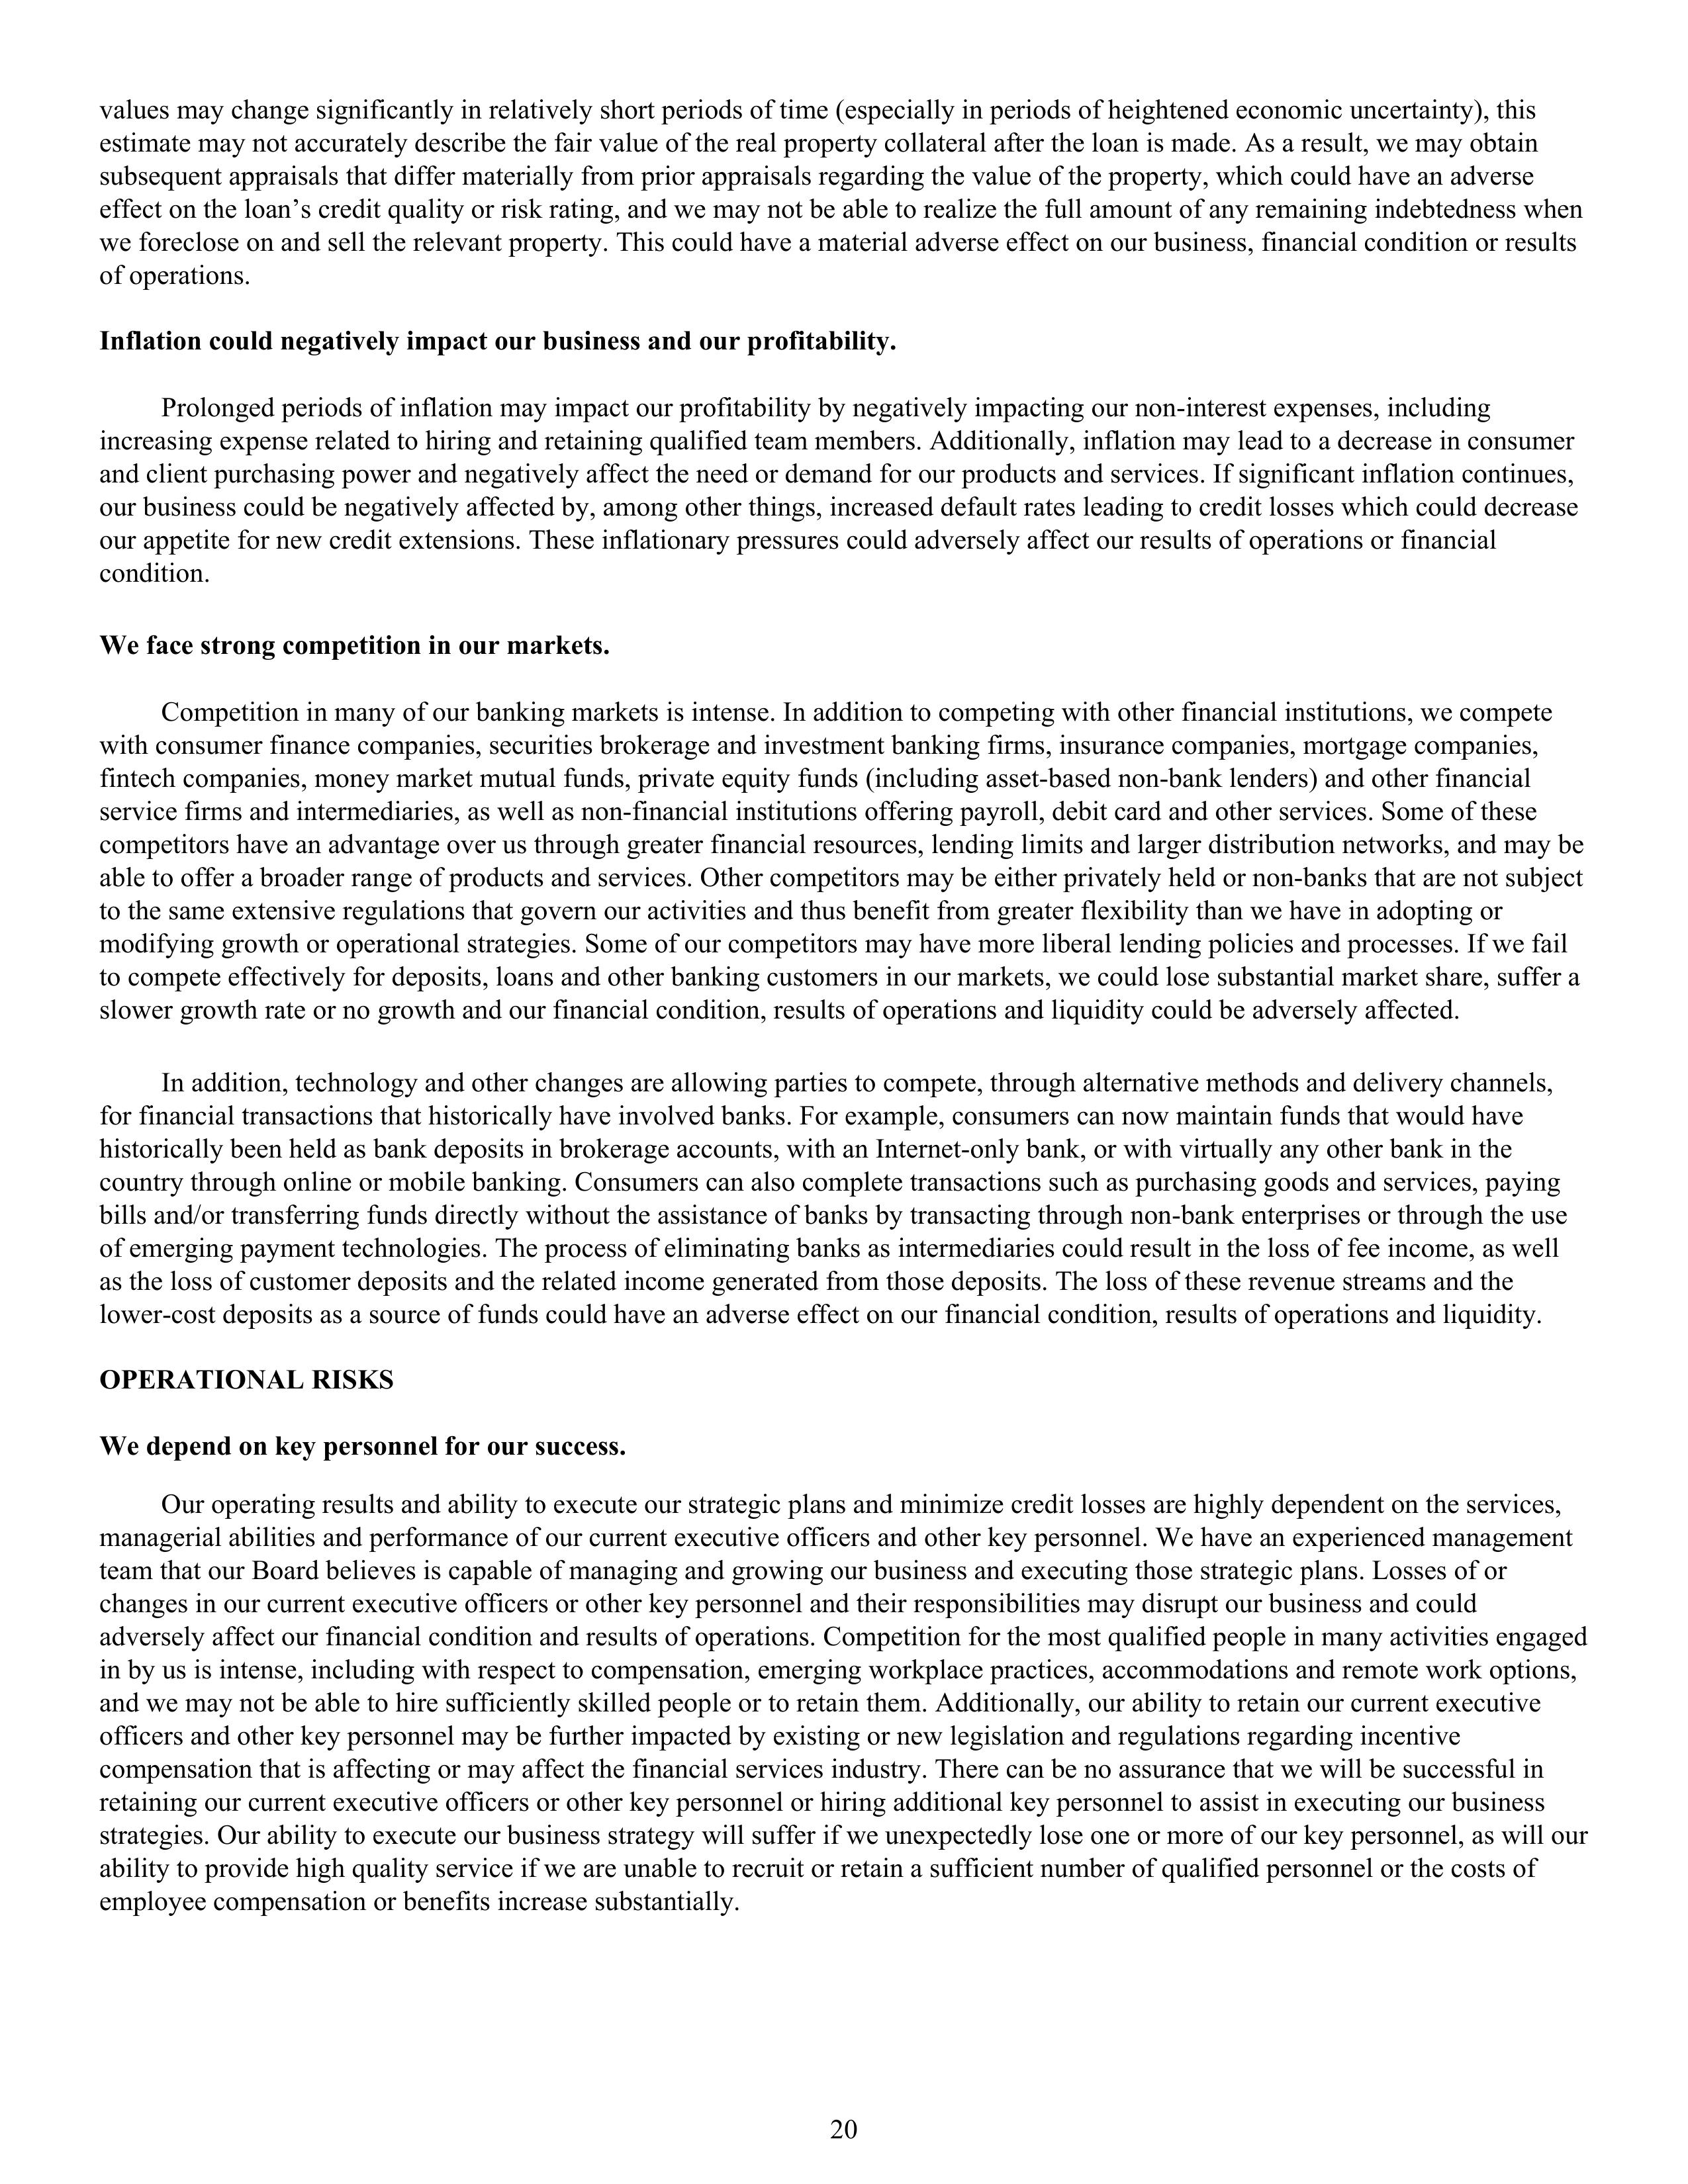
values may change significantly in relatively short periods of time (especially in periods of heightened economic uncertainty), this
estimate may not accurately describe the fair value of the real property collateral after the loan is made. As a result, we may obtain
subsequent appraisals that differ materially from prior appraisals regarding the value of the property, which could have an adverse
effect on the loan’s credit quality or risk rating, and we may not be able to realize the full amount of any remaining indebtedness when
we foreclose on and sell the relevant property. This could have a material adverse effect on our business, financial condition or results
of operations.

Inflation could negatively impact our business and our profitability.

Prolonged periods of inflation may impact our profitability by negatively impacting our non-interest expenses, including
increasing expense related to hiring and retaining qualified team members. Additionally, inflation may lead to a decrease in consumer
and client purchasing power and negatively affect the need or demand for our products and services. If significant inflation continues,
our business could be negatively affected by, among other things, increased default rates leading to credit losses which could decrease
our appetite for new credit extensions. These inflationary pressures could adversely affect our results of operations or financial
condition.

We face strong competition in our markets.

Competition in many of our banking markets is intense. In addition to competing with other financial institutions, we compete
with consumer finance companies, securities brokerage and investment banking firms, insurance companies, mortgage companies,
fintech companies, money market mutual funds, private equity funds (including asset-based non-bank lenders) and other financial
service firms and intermediaries, as well as non-financial institutions offering payroll, debit card and other services. Some of these
competitors have an advantage over us through greater financial resources, lending limits and larger distribution networks, and may be
able to offer a broader range of products and services. Other competitors may be either privately held or non-banks that are not subject
to the same extensive regulations that govern our activities and thus benefit from greater flexibility than we have in adopting or
modifying growth or operational strategies. Some of our competitors may have more liberal lending policies and processes. If we fail
to compete effectively for deposits, loans and other banking customers in our markets, we could lose substantial market share, suffer a
slower growth rate or no growth and our financial condition, results of operations and liquidity could be adversely affected.

In addition, technology and other changes are allowing parties to compete, through alternative methods and delivery channels,
for financial transactions that historically have involved banks. For example, consumers can now maintain funds that would have
historically been held as bank deposits in brokerage accounts, with an Internet-only bank, or with virtually any other bank in the
country through online or mobile banking. Consumers can also complete transactions such as purchasing goods and services, paying
bills and/or transferring funds directly without the assistance of banks by transacting through non-bank enterprises or through the use
of emerging payment technologies. The process of eliminating banks as intermediaries could result in the loss of fee income, as well
as the loss of customer deposits and the related income generated from those deposits. The loss of these revenue streams and the
lower-cost deposits as a source of funds could have an adverse effect on our financial condition, results of operations and liquidity.

OPERATIONAL RISKS

We depend on key personnel for our success.

Our operating results and ability to execute our strategic plans and minimize credit losses are highly dependent on the services,
managerial abilities and performance of our current executive officers and other key personnel. We have an experienced management
team that our Board believes is capable of managing and growing our business and executing those strategic plans. Losses of or
changes in our current executive officers or other key personnel and their responsibilities may disrupt our business and could
adversely affect our financial condition and results of operations. Competition for the most qualified people in many activities engaged
in by us is intense, including with respect to compensation, emerging workplace practices, accommodations and remote work options,
and we may not be able to hire sufficiently skilled people or to retain them. Additionally, our ability to retain our current executive
officers and other key personnel may be further impacted by existing or new legislation and regulations regarding incentive
compensation that is affecting or may affect the financial services industry. There can be no assurance that we will be successful in
retaining our current executive officers or other key personnel or hiring additional key personnel to assist in executing our business
strategy. Our ability to execute our business strategy will suffer if we unexpectedly lose one or more of our key personnel, as will our
ability to provide high quality service if we are unable to recruit or retain a sufficient number of qualified personnel or the costs of
employee compensation or benefits increase substantially.

20